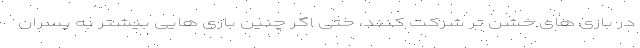
در بازی های خشن تر شرکت کنند، حتی اگر چنین بازی هایی بیشتر به پسران